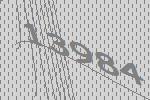
13984